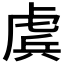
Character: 𧇀